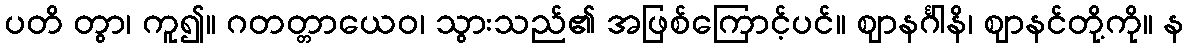
ပတိ တွာ၊ ကူ၍။ ဂတတ္တာယေဝ၊ သွားသည်၏ အဖြစ်ကြောင့်ပင်။ ဈာနင်္ဂါနိ၊ ဈာနင်တို့ကို။ န